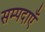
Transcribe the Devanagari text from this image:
सम्पदाएँ